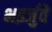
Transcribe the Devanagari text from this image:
भइर्जुवे